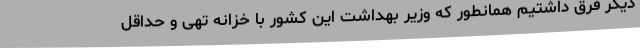
دیگر فرق داشتیم همانطور که وزیر بهداشت این کشور با خزانه تهی و حداقل